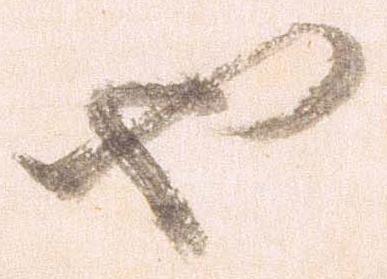
也